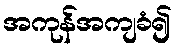
အကုန်အကျခံ၍